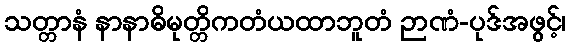
သတ္တာနံ နာနာဓိမုတ္တိကတံယထာဘူတံ ဉာဏံ-ပုဒ်အဖွင့်၊